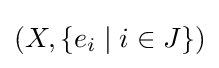
\left(X,\lbrace e_{i}\mid i\in J\rbrace \right)